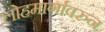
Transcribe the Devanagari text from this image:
लोहमार्गावरुन